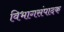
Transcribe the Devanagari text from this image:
विभागसंपादक